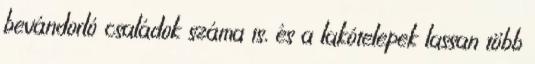
bevándorló családok száma is, és a lakótelepek lassan több